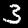
Digit: 3